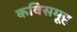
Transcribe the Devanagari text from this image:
कविसमूह